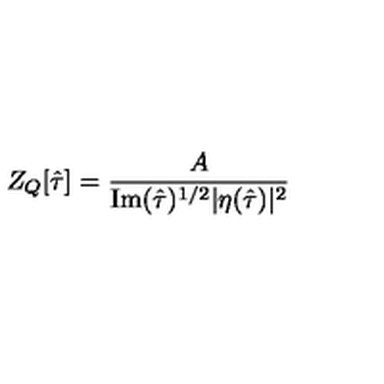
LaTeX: Z _ { Q } [ \hat { \tau } ] = \frac { A } { \mathrm { I m } ( \hat { \tau } ) ^ { 1 / 2 } | \eta ( \hat { \tau } ) | ^ { 2 } }